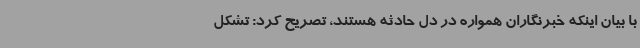
با بیان اینکه خبرنگاران همواره در دل حادثه هستند، تصریح کرد: تشکل